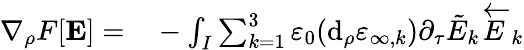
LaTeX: \begin{array}{rl}{\nabla_{\rho}F[\mathbf{E}]=}&{{}-\int_{I}\sum_{k=1}^{3}\varepsilon_{0}(\mathrm{d}_{\rho}\varepsilon_{\infty,k})\partial_{\tau}\tilde{E}_{k}\overleftarrow{E}_{k}}\end{array}